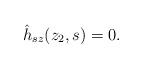
LaTeX: \begin{align*}\hat{h}_{sz}(z_2, s)=0.\end{align*}